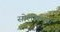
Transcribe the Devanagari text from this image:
सोशीकपणा